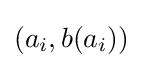
(a_{i},b(a_{i}))